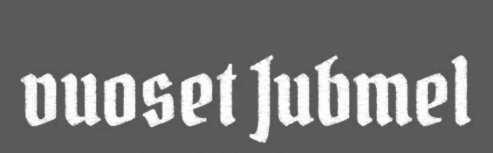
vuoset Jubmel